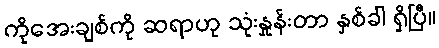
ကိုအေးချစ်ကို ဆရာဟု သုံးနှုန်းတာ နှစ်ခါ ရှိပြီ။